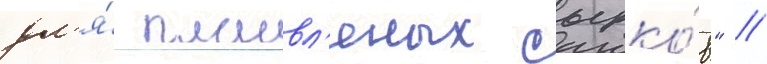
дл'я́ плавл'еных сырко́в" //